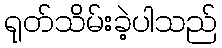
ရုတ်သိမ်းခဲ့ပါသည်